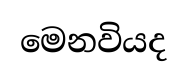
මෙනවියද